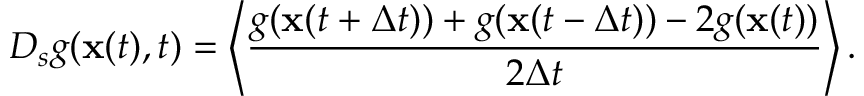
D _ { s } g ( { \bf x } ( t ) , t ) = \left< \frac { g ( { \bf x } ( t + \Delta t ) ) + g ( { \bf x } ( t - \Delta t ) ) - 2 g ( { \bf x } ( t ) ) } { 2 \Delta t } \right> .